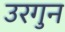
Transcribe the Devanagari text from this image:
उरगुन